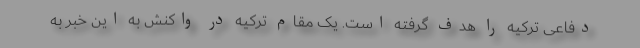
دفاعی ترکیه را هدف گرفته است. یک مقام ترکیه در واکنش به این خبر به